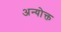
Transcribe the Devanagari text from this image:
अन्योक्त